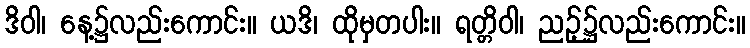
ဒိဝါ၊ နေ့၌လည်းကောင်း။ ယဒိ၊ ထိုမှတပါး။ ရတ္တိဝါ၊ ညဉ့်၌လည်းကောင်း။